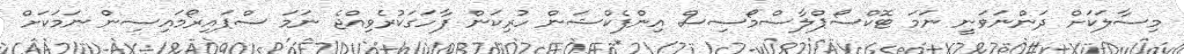
މިސާލަކަށް ދަންނަވަނީ ނަމަ ޓޮކްސޯޕްލާސްމޯސިސް އިންފެކްޝަން ހުރިކަން ފާހަގަކުރެވިއްޖެ ނަމަ ސްޕައިރޯމައިސިން ނަމަކަށް